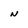
Character: n